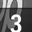
Digit: 3